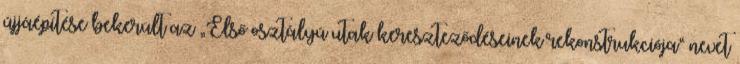
újjáépítése bekerült az „Első osztályú utak kereszteződéseinek rekonstrukciója“ nevet